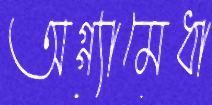
অগ্গ্যামেধা